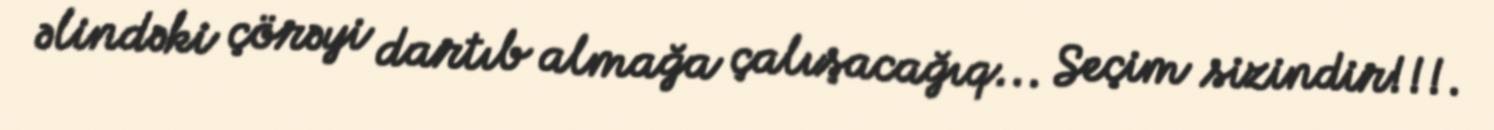
əlindəki çörəyi dartıb almağa çalışacağıq... Seçim sizindir!!!.